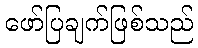
ဖော်ပြချက်ဖြစ်သည်